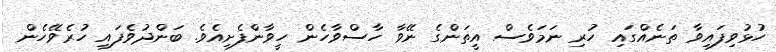
ހުޅުވިފައިވާ ތަނެއްގައި ހުރި ނަމަވެސް އީތަންގެ ނޭވާ ހާސްވާހެން ހީވާންފެށިއެވެ. ބަންދުވެފައި ހުރެވޭހެން